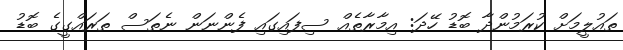
ތައުލީމަށް ކުރަމުންދާ ބޮޑު ހޭދަ: އިމާރާތެއް ސިފައިގައި ފެންނަން ނެތަސް ތަރައްގީގެ ބޮޑު